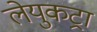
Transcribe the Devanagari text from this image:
लेयुकट्रा